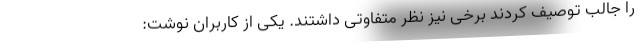
را جالب توصیف کردند برخی نیز نظر متفاوتی داشتند. یکی از کاربران نوشت: